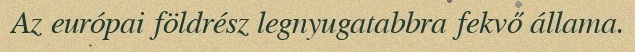
Az európai földrész legnyugatabbra fekvő állama.